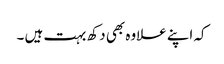
کہ اپنے علاوہ بھی دکھ بہت ہیں ۔